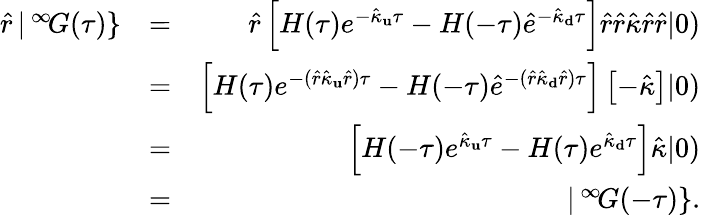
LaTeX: \begin{array}{rlr}{\hat{r}\, |\, ^{\infty}\! G(\tau)\} }&{=}&{\hat{r}\left[H(\tau)e^{-\hat{\kappa}_{\mathbf u}\tau}-H(-\tau)\hat{e}^{-\hat{\kappa}_{\mathbf d}\tau}\right]\hat{r}\hat{r}\hat{\kappa}\hat{r}\hat{r}|0)}\\ &{=}&{\left[H(\tau)e^{-(\hat{r}\hat{\kappa}_{\mathbf u}\hat{r})\tau}-H(-\tau)\hat{e}^{-(\hat{r}\hat{\kappa}_{\mathbf d}\hat{r})\tau}\right]\left[-\hat{\kappa}\right]|0)}\\ &{=}&{\left[H(-\tau)e^{\hat{\kappa}_{\mathbf u}\tau}-H(\tau)e^{\hat{\kappa}_{\mathbf d}\tau}\right]\hat{\kappa}|0)}\\ &{=}&{|\, ^{\infty}\! G(-\tau)\} .}\end{array}